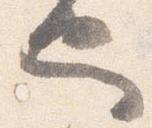
也